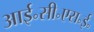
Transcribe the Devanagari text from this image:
आई॰सी॰एस॰ई॰